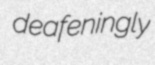
deafeningly